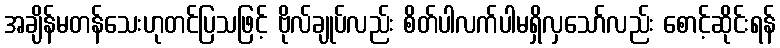
အချိန်မတန်သေးဟုတင်ပြသဖြင့် ဗိုလ်ချုပ်လည်း စိတ်ပါလက်ပါမရှိလှသော်လည်း စောင့်ဆိုင်းရန်